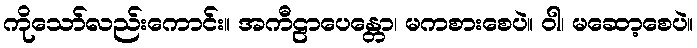
ကိုသော်လည်းကောင်း။ အကီဠာပေန္တော၊ မကစားစေပဲ။ ဝါ၊ မဆော့စေပဲ။